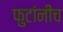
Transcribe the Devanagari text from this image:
फुटांनीच